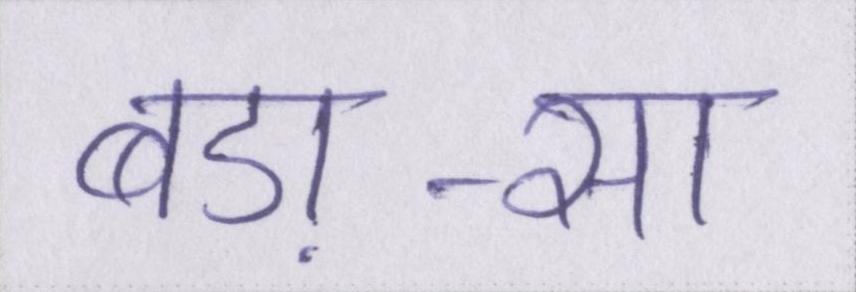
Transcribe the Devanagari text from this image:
बड़ा-सा